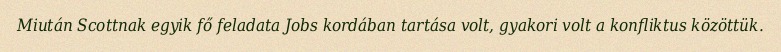
Miután Scottnak egyik fő feladata Jobs kordában tartása volt, gyakori volt a konfliktus közöttük.